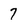
Character: 7